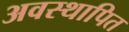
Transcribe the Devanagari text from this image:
अवस्थापित